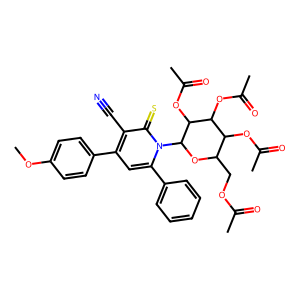
SMILES: COc1ccc(-c2cc(-c3ccccc3)n(C3OC(COC(C)=O)C(OC(C)=O)C(OC(C)=O)C3OC(C)=O)c(=S)c2C#N)cc1
Inhibits HIV replication: No